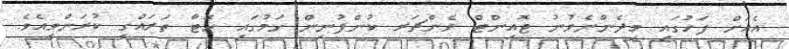
އެއަށް ފަހުގައި މިދެންނެވުނު ޖޮއިންޓް ވެންޗަރ ކުންފުނިން ގަމުގައި ހޮޓާ ތަރައްގީ ކުރަންވީއެވެ.